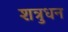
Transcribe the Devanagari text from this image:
शत्रुधन